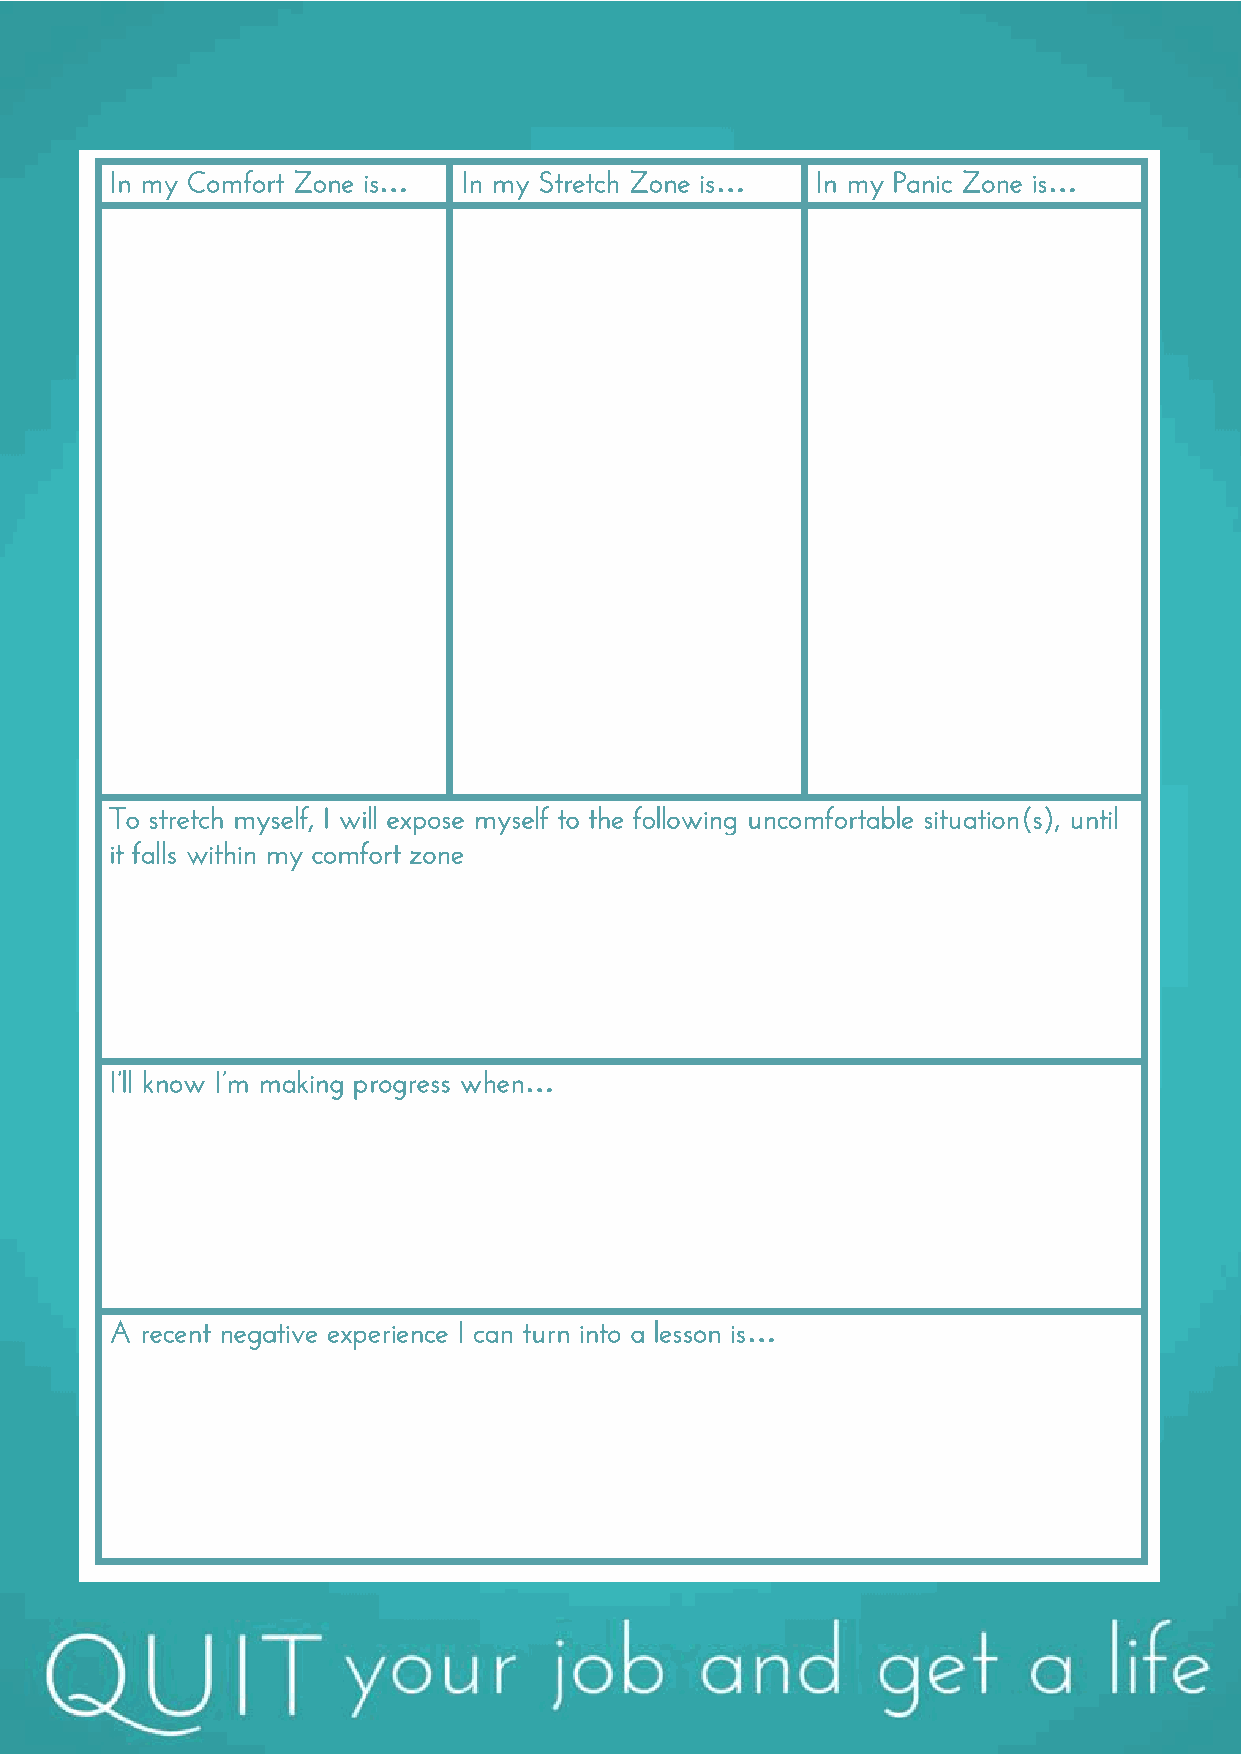
In my Comfort Zone is…  In my Stretch Zone is… In my Panic Zone is…
 To stretch myself, I will expose myself to the following uncomfortable situation(s), until
 it falls within my comfort zone
 I’ll know I’m making progress when…
 A recent negative experience I can turn into a lesson is…